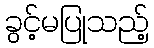
ခွင့်မပြုသည့်